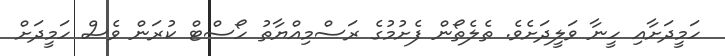
ހަމީދަށާއި ހީނާ ވަލީދަށެވެ. ތެލެތޯން ފެށުމުގެ ރަސްމިއްޔާތު ހޯސްޓް ކުރަން ވެސް ހަމީދަށް